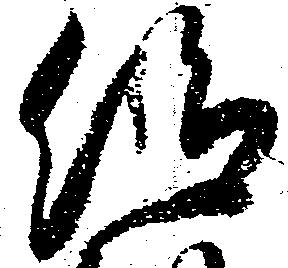
仰